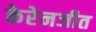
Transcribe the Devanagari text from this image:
केरेनजीत